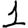
Digit: 1